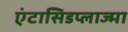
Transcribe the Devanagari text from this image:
एंटासिडप्लाज्मा